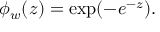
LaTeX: \phi _ { w } ( z ) = \mathrm { e x p } ( - e ^ { - z } ) .